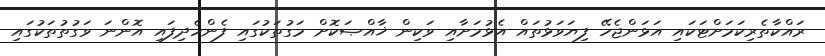
ރައްކާތެރިކަމަށްޓަކައި އަޅަންޖެހޭ ފިޔަވަޅުތައް އެޅުމަށާއި ވަކިން ޚާއްޞަކޮށް މަގުތަކުގައި ފެންހެދިފައި އޮންނަ ވަގުތުތަކުގައި